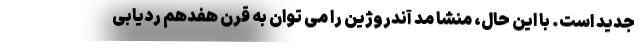
جدید است. با این حال، منشا مد آندروژین را می توان به قرن هفدهم ردیابی